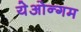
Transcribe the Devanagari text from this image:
येओन्गम